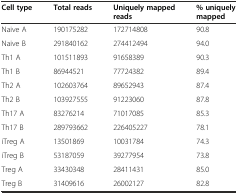
<table><thead><tr><td><b>Cell type</b></td><td><b>Total reads</b></td><td><b>Uniquely mapped reads</b></td><td><b>% uniquely mapped</b></td></tr></thead><tbody><tr><td>Naive A</td><td>190175282</td><td>172714808</td><td>90.8</td></tr><tr><td>Naive B</td><td>291840162</td><td>274412494</td><td>94.0</td></tr><tr><td>Th1 A</td><td>101511893</td><td>91658389</td><td>90.3</td></tr><tr><td>Th1 B</td><td>86944521</td><td>77724382</td><td>89.4</td></tr><tr><td>Th2 A</td><td>102603764</td><td>89652943</td><td>87.4</td></tr><tr><td>Th2 B</td><td>103927555</td><td>91223060</td><td>87.8</td></tr><tr><td>Th17 A</td><td>83276214</td><td>71017085</td><td>85.3</td></tr><tr><td>Th17 B</td><td>289793662</td><td>226405227</td><td>78.1</td></tr><tr><td>iTreg A</td><td>13501869</td><td>10031784</td><td>74.3</td></tr><tr><td>iTreg B</td><td>53187059</td><td>39277954</td><td>73.8</td></tr><tr><td>Treg A</td><td>33430348</td><td>28411431</td><td>85.0</td></tr><tr><td>Treg B</td><td>31409616</td><td>26002127</td><td>82.8</td></tr></tbody></table>